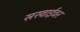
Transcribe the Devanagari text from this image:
सरवाईवर